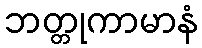
ဘတ္တုကာမာနံ